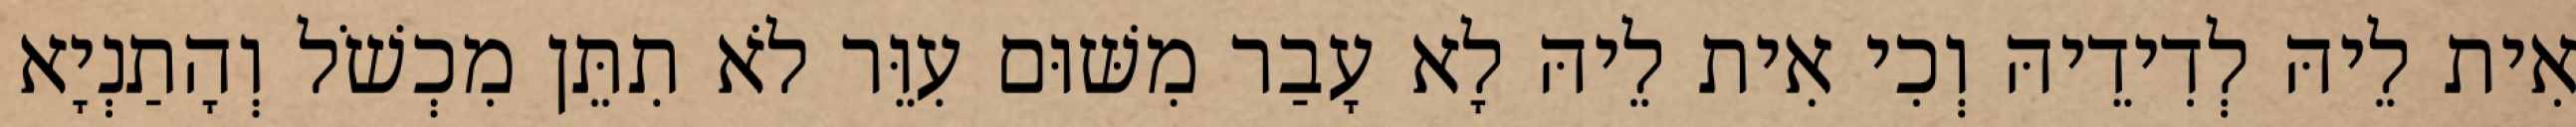
אִית לֵיהּ לְדִידֵיהּ וְכִי אִית לֵיהּ לָא עָבַר מִשּׁוּם עִוֵּר לֹא תִתֵּן מִכְשֹׁל וְהָתַנְיָא